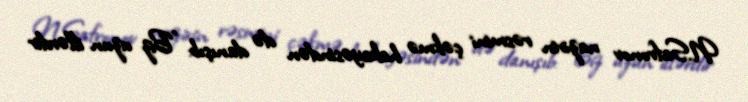
N.Safronov nazirin rəsmini çəkmə hekayəsindən də danışıb: ”Biz uzun illərdir